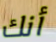
أنك